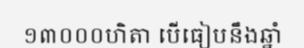
១៣០០០ហិតា បើធៀបនឹងឆ្នាំ